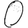
Digit: 0